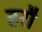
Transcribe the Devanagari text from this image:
हरौ